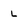
Character: L